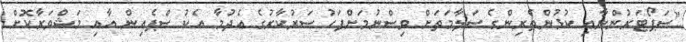
"ސަޕޯޓަރުންނާއި ކުޅުންތެރިންގެ ސަލާމަތަށް ވިސްނުމަށްފަހު ސަރުކާރުގެ އެދުމާ އެކު ސްޕެއިން އާއި މަޝްވަރާކޮށް